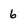
Character: 6